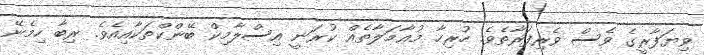
ވިޔަފާރީގެ ވެސް ވެރިފަރާތެވެ. ހުރިހާ މުޢާމަލާތެއް ކުރަނީ އިސްލާމިކް ބޭންކްތަކާއިއެވެ. ރިބާ ހިމެނޭ